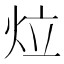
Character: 𤇥